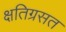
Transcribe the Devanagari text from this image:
क्षतिग्रसत